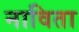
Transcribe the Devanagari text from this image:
नाविता